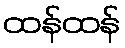
ထန်ထန်